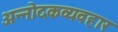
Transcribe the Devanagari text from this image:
अन्नोदकव्यवहार